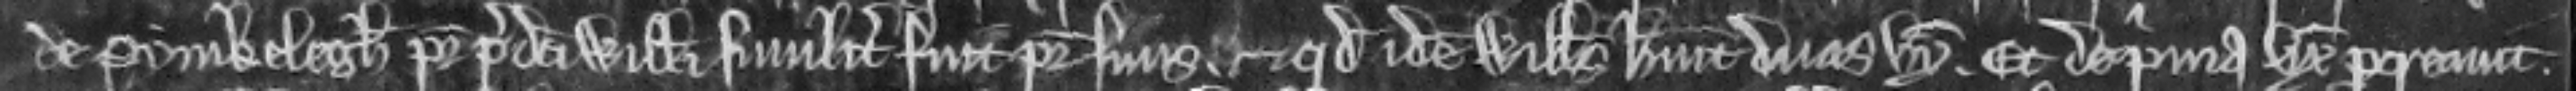
de Pynikelegh pater predicti Willelmi similiter fuit pater suus. et quod idem Willelmus habuit duas uxores. Et de prima uxore procreavit.